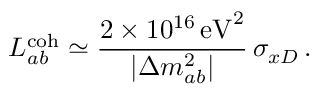
L _ { a b } ^ { \mathrm { c o h } } \simeq \frac { 2 \times 1 0 ^ { 1 6 } \, \mathrm { e V } ^ { 2 } } { | \Delta { m } _ { a b } ^ { 2 } | } \, \sigma _ { x D } \, .